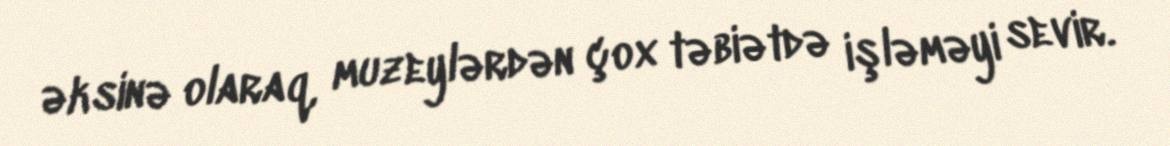
əksinə olaraq, muzeylərdən çox təbiətdə işləməyi sevir.